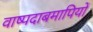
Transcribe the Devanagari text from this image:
वाष्पदाबमापियों